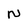
Character: N